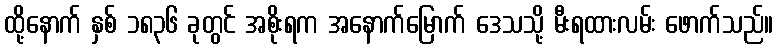
ထို့နောက် နှစ် ၁၈၃၆ ခုတွင် အစိုးရက အနောက်မြောက် ဒေသသို့ မီးရထားလမ်း ဖောက်သည်။